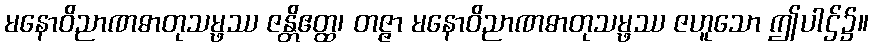
မနောဝိညာဏဓာတုသမ္ဖဿ ဇန္တိဧတ္ထ၊ တဇ္ဇာ မနောဝိညာဏဓာတုသမ္ဖဿ ဇဟူသော ဤပါဌ်၌။